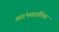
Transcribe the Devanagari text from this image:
आरंभकालिक